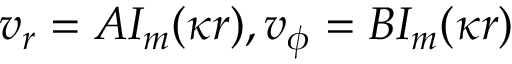
v _ { r } = A I _ { m } ( \kappa r ) , v _ { \phi } = B I _ { m } ( \kappa r )